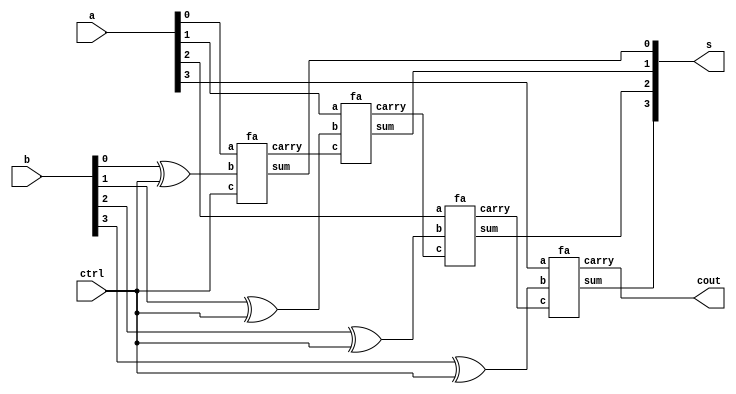
module add_sub4bit(output [3:0]s,output cout,input [3:0]a,b,input ctrl);
wire [2:0]c;
wire [3:0]i;

xor x1(i[0],b[0],ctrl),
		x2(i[1],b[1],ctrl),
		x3(i[2],b[2],ctrl),
		x4(i[3],b[3],ctrl);
fa f1(s[0],c[0],a[0],i[0],ctrl);
fa f2(s[1],c[1],a[1],i[1],c[0]);
fa f3(s[2],c[2],a[2],i[2],c[1]);
fa f4(s[3],cout,a[3],i[3],c[2]);
endmodule

module fa(output sum,carry,input a,b,c);
assign sum=(a^b)^c,
	carry=(a&b)|(b&c)|(c&a);
endmodule